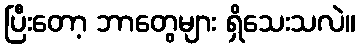
ပြီးတော့ ဘာတွေများ ရှိသေးသလဲ။